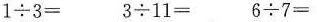
$$1\div 3=$$ $$3\div 11=$$ $$6\div 7=$$